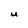
Character: U